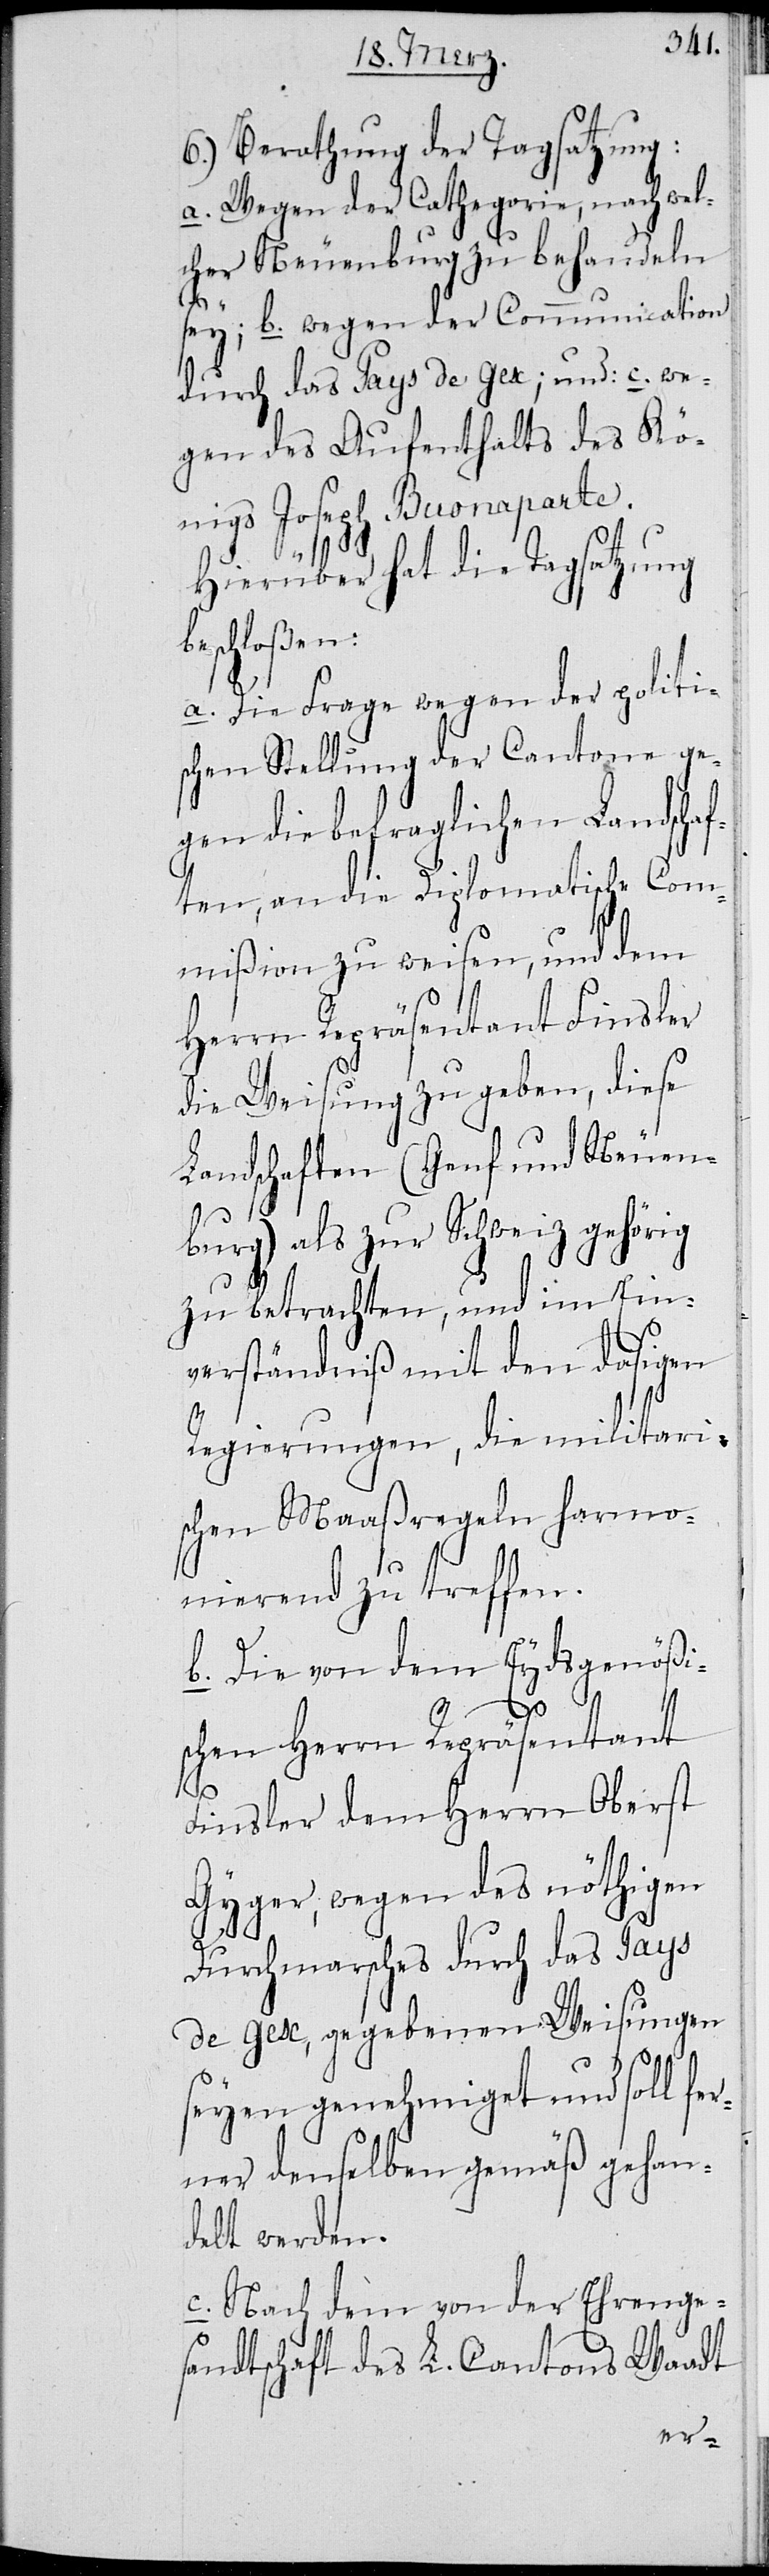
6.) Berathung der Tagsatzung:
a. Wegen der Cathegorie, nach wel¬
cher Neuenburg zu behandeln
sey; b. wegen der Communication
durch das Pays de Gex; und: c. we¬
gen des Aufenthalts des Kö¬
nigs Joseph Buonaparte.
Hierüber hat die Tagsatzung
eschloßen:
a. Die Frage wegen der politi¬
schen Stellung der Cantone ge¬
gen die befraglichen Landschaf¬
ten, an die Diplomatische Com¬
mißion zu weisen, und dem
Herrn Repräsentant Finsler
die Weisung zu geben, diese
Landschaften (Genf und Neuen¬
burg) als zur Schweiz gehörig
zu betrachten, und im Ein¬
verständnis mit den dasigen
Regierungen, die militari¬
schen Maßregeln harmo¬
nierend zu treffen.
b. Die von dem Eydsgenößi¬
schen Herrn Repräsentant
Finsler dem Herrn Oberst
Gyger, wegen des nöthigen
b¬
Durchmarsches durch das Pays
de Gex, gegebenen Weisungen
seyen genehmiget und soll fe¬
rner demselben gemäß gehan¬
delt werden.
c. Nach dem von der Ehrenge¬
sandtschaft des L. Cantons Waadt